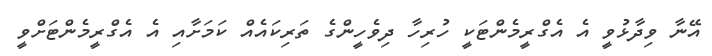
އޭނާ ވިދާޅުވީ އެ އެގްރީމެންޓަކީ ހުރިހާ ދިވެހީންގެ ތަރިކައެއް ކަމަށާއި އެ އެގްރީމެންޓަށްވީ